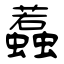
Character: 蠚